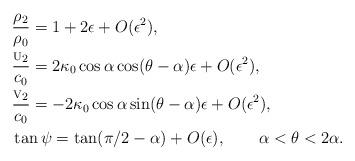
LaTeX: \begin{align*}&\frac{\rho_2}{\rho_0}=1+{2}\epsilon+O(\epsilon^2),\\&\frac{\mbox{\scriptsize{U}}_2}{c_0}={2\kappa_0\cos\alpha\cos(\theta-\alpha)}{\epsilon}+O(\epsilon^2),\\&\frac{\mbox{\scriptsize{V}}_2}{c_0}={-2\kappa_0\cos\alpha\sin(\theta-\alpha)}{\epsilon}+O(\epsilon^2),\\&\tan\psi=\tan(\pi/2-\alpha)+O(\epsilon),~~~~~~ \alpha<\theta<2\alpha. \end{align*}